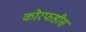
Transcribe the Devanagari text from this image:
कोरफडीस